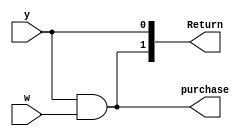
module exp1(y,w,Return,purchase);

    input y,w;
    
    output [1:0]Return;
    output purchase;
    
    assign purchase=y&w;
    
    assign Return[0]=y;
    assign Return[1]=y&w;
    
endmodule